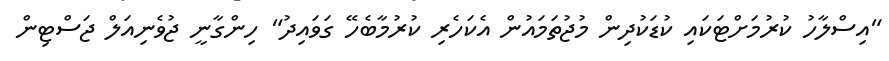
"އިސްލާހު ކުރުމަށްޓަކައި ކުޑަކުދިން މުޖުތަމައުން އެކަހެރި ކުރުމާބެހޭ ގަވައިދު" ހިންގާނީ ޖުވެނިއަލް ޖަސްޓިން